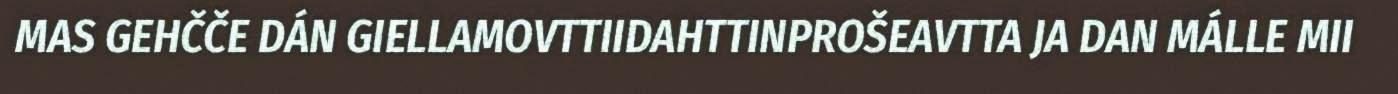
MAS GEHČČE DÁN GIELLAMOVTTIIDAHTTINPROŠEAVTTA JA DAN MÁLLE MII